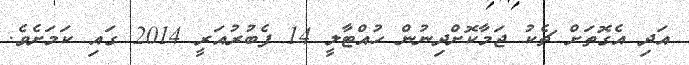
އަދި އެގޮތަށް ޗެކު ޖަމާކޮށްދިނުން ހުއްޓާލީ 14 ފެބުރުއަރީ 2014 ގައި ކަމަށެވެ.